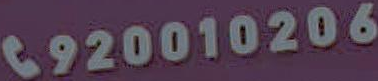
6920010206